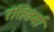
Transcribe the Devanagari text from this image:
रंतिवर्मा